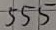
Text: 555